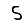
Digit: 5